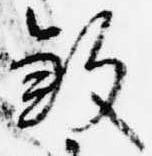
殺